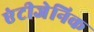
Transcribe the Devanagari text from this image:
एंटीजेनिक